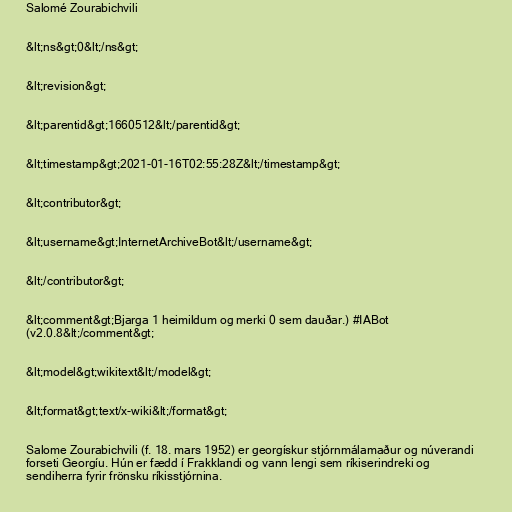
Salomé Zourabichvili

&lt;ns&gt;0&lt;/ns&gt;

&lt;revision&gt;

&lt;parentid&gt;1660512&lt;/parentid&gt;

&lt;timestamp&gt;2021-01-16T02:55:28Z&lt;/timestamp&gt;

&lt;contributor&gt;

&lt;username&gt;InternetArchiveBot&lt;/username&gt;

&lt;/contributor&gt;

&lt;comment&gt;Bjarga 1 heimildum og merki 0 sem dauðar.) #IABot
(v2.0.8&lt;/comment&gt;

&lt;model&gt;wikitext&lt;/model&gt;

&lt;format&gt;text/x-wiki&lt;/format&gt;

Salome Zourabichvili (f. 18. mars 1952) er georgískur stjórnmálamaður og núverandi
forseti Georgíu. Hún er fædd í Frakklandi og vann lengi sem ríkiserindreki og
sendiherra fyrir frönsku ríkisstjórnina.